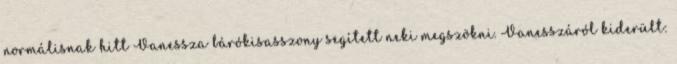
normálisnak hitt Vanessza bárókisasszony segített neki megszökni. Vanesszáról kiderült: